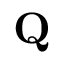
\textrm { \textbf { Q } }